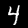
Digit: 4